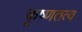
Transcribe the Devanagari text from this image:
कृष्णतत्व